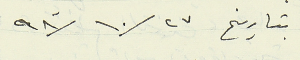
بتاريخ ٩٨/١٠/٢٧